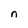
Character: n